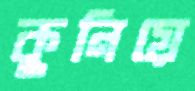
কুনিয়ে